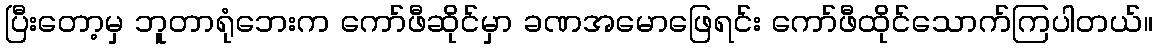
ပြီးတော့မှ ဘူတာရုံဘေးက ကော်ဖီဆိုင်မှာ ခဏအမောဖြေရင်း ကော်ဖီထိုင်သောက်ကြပါတယ်။